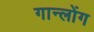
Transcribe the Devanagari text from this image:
गान्लोंग